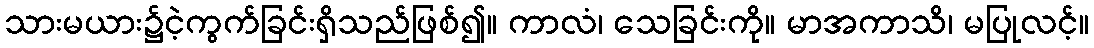
သားမယား၌ငဲ့ကွက်ခြင်းရှိသည်ဖြစ်၍။ ကာလံ၊ သေခြင်းကို။ မာအကာသိ၊ မပြုလင့်။